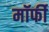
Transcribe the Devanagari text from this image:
मॉर्फी